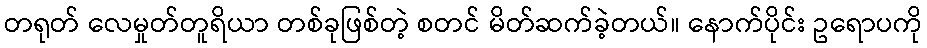
တရုတ် လေမှုတ်တူရိယာ တစ်ခုဖြစ်တဲ့ စတင် မိတ်ဆက်ခဲ့တယ်။ နောက်ပိုင်း ဥရောပကို